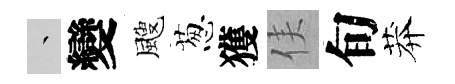
叢變颼葱獲侯旬莽